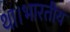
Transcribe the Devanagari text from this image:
था।भारतीय